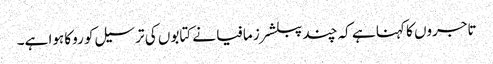
تاجروں کا کہنا ہے کہ چند پبلشرز مافیا نے کتابوں کی ترسیل کو روکا ہوا ہے۔